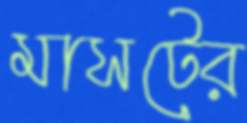
মাসটের